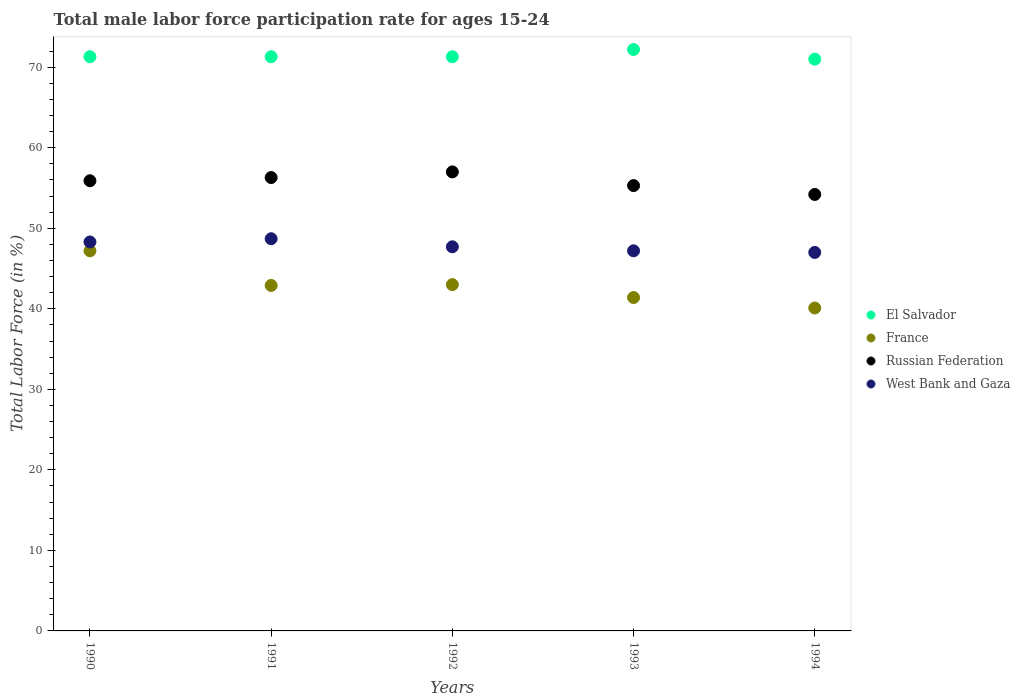
| Years | El Salvador | France | Russian Federation | West Bank and Gaza |
 | --- | --- | --- | --- | --- |
 | 1990 | 71.3 | 47.2 | 55.9 | 48.3 |
 | 1991 | 71.3 | 42.9 | 56.3 | 48.7 |
 | 1992 | 71.3 | 43 | 57 | 47.7 |
 | 1993 | 72.2 | 41.4 | 55.3 | 47.2 |
 | 1994 | 71 | 40.1 | 54.2 | 47 |